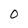
Character: 0